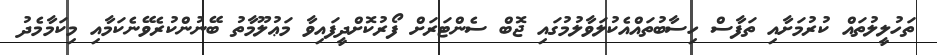
ތަހުލީލުތައް ކުރުމަށާއި ތަފާސް ހިސާބުތައްއެކުލަވާލުމުގައި ޖޮބް ސެންޓަރަށް ފޯރުކޮށްދީފައިވާ މަޢުލޫމާތު ބޭނުންކުރެވޭނެކަމާއި މިކަމާމެދު